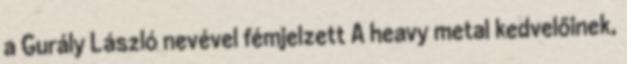
a Gurály László nevével fémjelzett A heavy metal kedvelőinek,